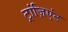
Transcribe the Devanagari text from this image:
ट्रांज़िएंट